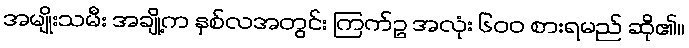
အမျိုးသမီး အချို့က နှစ်လအတွင်း ကြက်ဥ အလုံး ၆၀၀ စားရမည် ဆို၏။